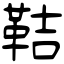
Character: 鞊